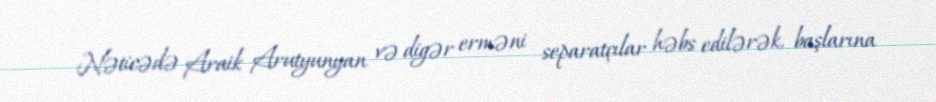
Nəticədə Araik Arutyunyan və digər erməni separatçılar həbs edilərək, başlarına